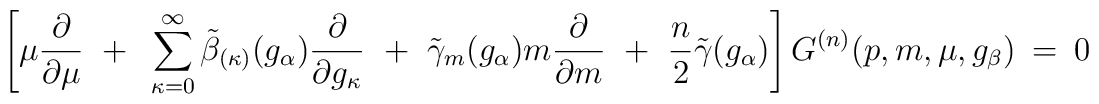
\left[ \mu \frac{\partial}{\partial \mu} ~+~ \sum_{\kappa = 0}^\infty \tilde{\beta}_{(\kappa)}(g_\alpha) \frac{\partial}{\partial g_\kappa} ~+~ \tilde{\gamma}_m(g_\alpha) m \frac{\partial}{\partial m} ~+~ \frac{n}{2} \tilde{\gamma}(g_\alpha) \right] G^{(n)}(p,m,\mu,g_\beta) ~=~ 0